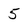
Character: 5